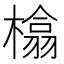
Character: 㯓